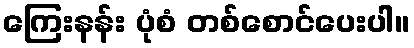
ကြေးနန်း ပုံစံ တစ်စောင်ပေးပါ။